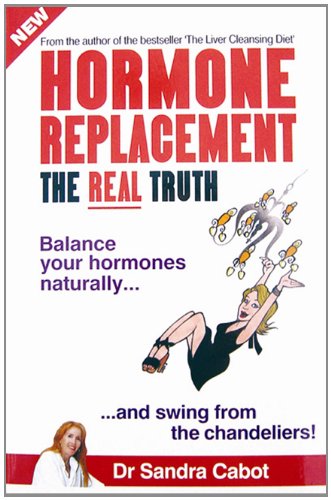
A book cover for Hormone Replacement: The Real Truth; Sandra Cabot; Health, Fitness & Dieting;